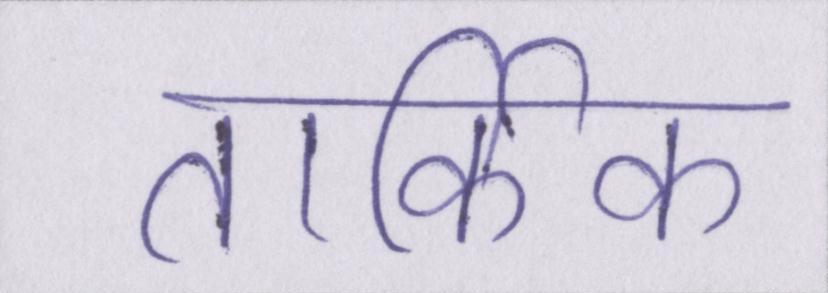
तार्किक